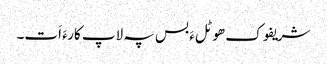
شریفوک ھوٹلءَ بس پہ لاپ کارءَ اَت۔